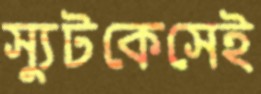
স্যুটকেসেই